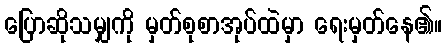
ပြောဆိုသမျှကို မှတ်စုစာအုပ်ထဲမှာ ရေးမှတ်နေ၏။